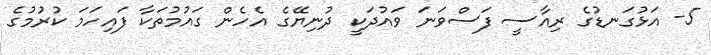
5- އަޅުގަނޑުގެ ރިއާސީ ފަސްވަނަ ވައުދަކީ ދުނިޔޭގެ އެހެން ގައުމުތަކާ ފައިހަމަ ކުރުމުގެ